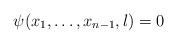
LaTeX: \begin{align*}\psi(x_1,\dots,x_{n-1},l)=0\end{align*}